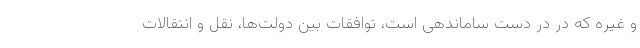
و غیره که در در دست ساماندهی است، توافقات بین دولت‌ها، نقل و انتقالات